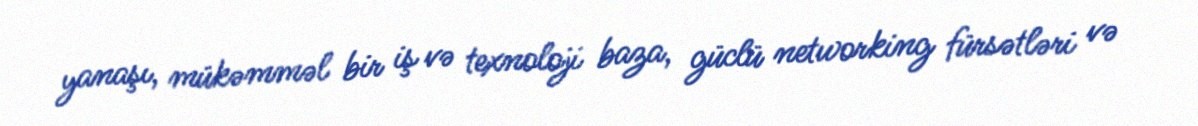
yanaşı, mükəmməl bir iş və texnoloji baza, güclü networking fürsətləri və